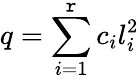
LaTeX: q=\sum\limits_{i=1}^{\mathtt{r}}c_{i}l_{i}^{2}